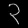
Digit: ၃